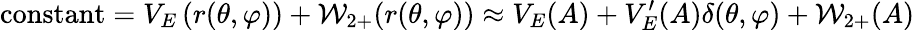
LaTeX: {\mathrm{constant}}=V_{E}\left(r(\theta,\varphi)\right)+{\cal{W}}_{2+}(r(\theta,\varphi))\approx V_{E}(A)+V_{E}^{\prime}(A)\delta(\theta,\varphi)+{\cal{W}}_{2+}(A)